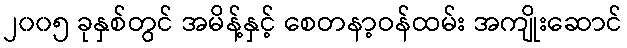
၂၀၀၅ ခုနှစ်တွင် အမိန့်နှင့် စေတနာ့ဝန်ထမ်း အကျိုးဆောင်